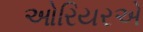
ઓરિયરએ